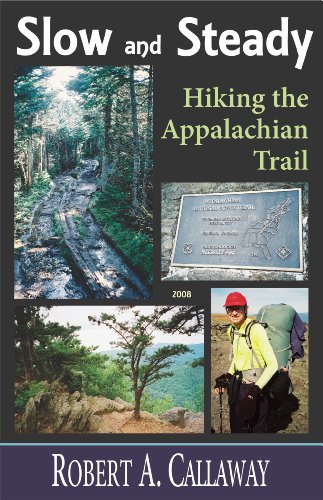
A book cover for Slow and Steady: Hiking the Appalachian Trail; Robert A. Callaway; Travel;